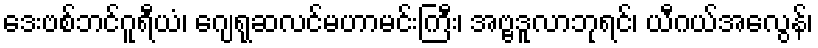
ဒေးဗစ်ဘင်ဂူရီယံ၊ ဂျေရုဆလင်မဟာမင်းကြီး၊ အဗ္ဗဒူလာဘုရင်၊ ယီဂယ်အေလွန်၊